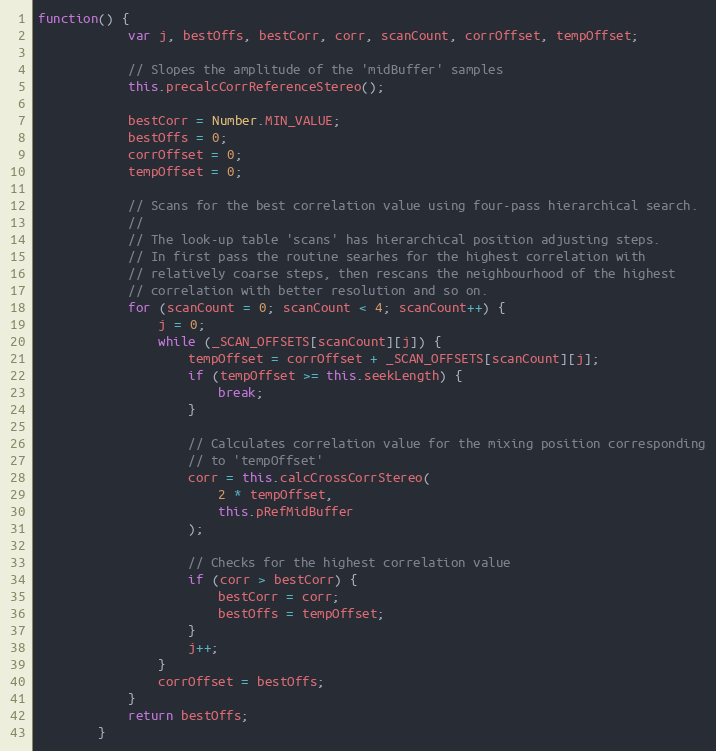
Language: JavaScript
function() {
            var j, bestOffs, bestCorr, corr, scanCount, corrOffset, tempOffset;

            // Slopes the amplitude of the 'midBuffer' samples
            this.precalcCorrReferenceStereo();

            bestCorr = Number.MIN_VALUE;
            bestOffs = 0;
            corrOffset = 0;
            tempOffset = 0;

            // Scans for the best correlation value using four-pass hierarchical search.
            //
            // The look-up table 'scans' has hierarchical position adjusting steps.
            // In first pass the routine searhes for the highest correlation with
            // relatively coarse steps, then rescans the neighbourhood of the highest
            // correlation with better resolution and so on.
            for (scanCount = 0; scanCount < 4; scanCount++) {
                j = 0;
                while (_SCAN_OFFSETS[scanCount][j]) {
                    tempOffset = corrOffset + _SCAN_OFFSETS[scanCount][j];
                    if (tempOffset >= this.seekLength) {
                        break;
                    }

                    // Calculates correlation value for the mixing position corresponding
                    // to 'tempOffset'
                    corr = this.calcCrossCorrStereo(
                        2 * tempOffset,
                        this.pRefMidBuffer
                    );

                    // Checks for the highest correlation value
                    if (corr > bestCorr) {
                        bestCorr = corr;
                        bestOffs = tempOffset;
                    }
                    j++;
                }
                corrOffset = bestOffs;
            }
            return bestOffs;
        }